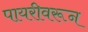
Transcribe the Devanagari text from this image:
पायरीवरून